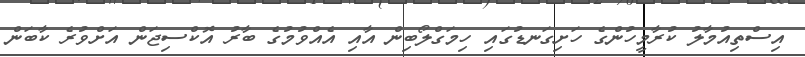
އިސްތިއުމާލު ކުރާމީހުންގެ ހަށިގަނޑުގައި ހިމަގްލޯބިން އާއި އެއްވުމުގެ ބާރު އޮކްސިޖަން އަށްވުރެ ކާބަން